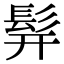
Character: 𬴧